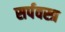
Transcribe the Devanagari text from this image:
सर्पवस्त्र